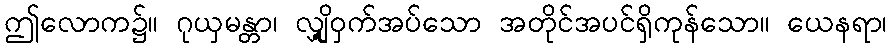
ဤလောက၌။ ဂုယှမန္တာ၊ လျှို့ဝှက်အပ်သော အတိုင်အပင်ရှိကုန်သော။ ယေနရာ၊